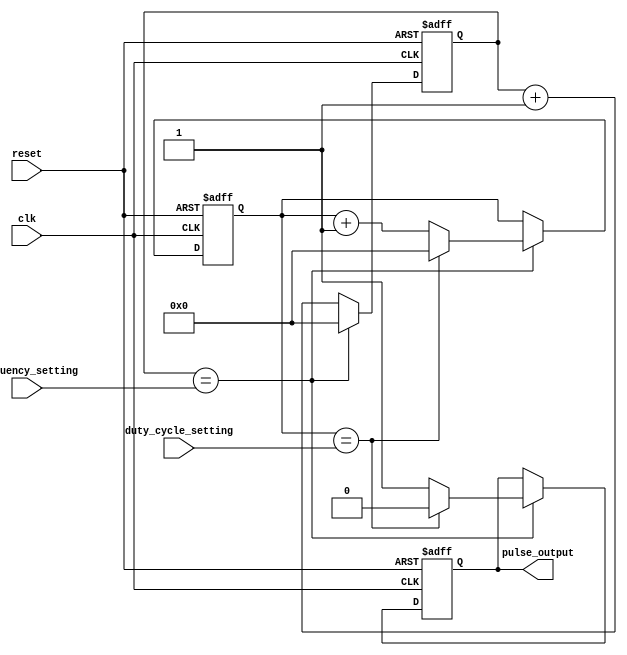
module VariableFrequencyPulseGenerator (
    input wire clk, // clock input
    input wire reset, // reset input
    input wire frequency_setting, // input for programmable frequency setting
    input wire duty_cycle_setting, // input for programmable duty cycle setting
    output reg pulse_output // output for generated pulses
);

reg [31:0] frequency_divider;
reg [31:0] counter;
reg [1:0] state;

always @ (posedge clk or posedge reset) begin
    if (reset) begin
        frequency_divider <= 0;
        counter <= 0;
        state <= 0;
        pulse_output <= 0;
    end else begin
        if (frequency_divider == frequency_setting) begin
            frequency_divider <= 0;
            if (counter == duty_cycle_setting) begin
                pulse_output <= 0;
                counter <= 0;
                state <= state + 1;
            end else begin
                pulse_output <= 1;
                counter <= counter + 1;
            end
        end else begin
            frequency_divider <= frequency_divider + 1;
        end
    end
end

endmodule